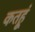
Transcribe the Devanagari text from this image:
कतहूं